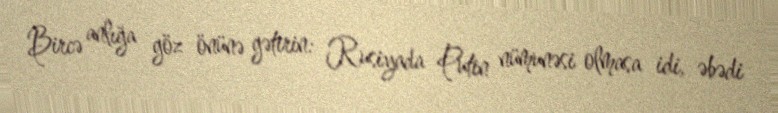
Bircə anlığa göz önünə gətirin: Rusiyada Putin nümunəsi olmasa idi, əbədi